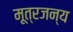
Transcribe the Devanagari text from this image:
मूत्रजन्य